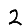
Digit: 2